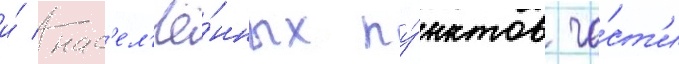
и́ нас'ел'ё́нных пу́нктов ча́ст'и